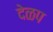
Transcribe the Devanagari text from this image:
देळप